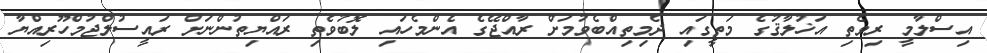
އިސްލާމީ ރިވެތި އަޚުލާޤުގެ މަތީގައި ދެމިތިއްބެވުމަށް ރާއްޖޭގެ އެންމެހައި ލޮބުވެތި ރައްޔިތުންނަށް ރައީސުލްޖުމްހޫރިއްޔާ